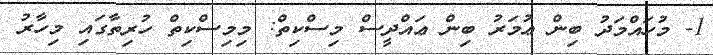
1- މުހައްމަދު ބިން ޢުމަރު ބިން ޢައްދީސް މިސްކިތް: މިމިސްކިތް ހުރިތާގައި މިހާރު